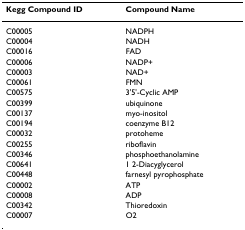
<table><thead><tr><td><b>Kegg Compound ID</b></td><td><b>Compound Name</b></td></tr></thead><tbody><tr><td>C00005</td><td>NADPH</td></tr><tr><td>C00004</td><td>NADH</td></tr><tr><td>C00016</td><td>FAD</td></tr><tr><td>C00006</td><td>NADP+</td></tr><tr><td>C00003</td><td>NAD+</td></tr><tr><td>C00061</td><td>FMN</td></tr><tr><td>C00575</td><td>3&#x27;5&#x27;-Cyclic AMP</td></tr><tr><td>C00399</td><td>ubiquinone</td></tr><tr><td>C00137</td><td>myo-inositol</td></tr><tr><td>C00194</td><td>coenzyme B12</td></tr><tr><td>C00032</td><td>protoheme</td></tr><tr><td>C00255</td><td>riboflavin</td></tr><tr><td>C00346</td><td>phosphoethanolamine</td></tr><tr><td>C00641</td><td>1 2-Diacyglycerol</td></tr><tr><td>C00448</td><td>farnesyl pyrophosphate</td></tr><tr><td>C00002</td><td>ATP</td></tr><tr><td>C00008</td><td>ADP</td></tr><tr><td>C00342</td><td>Thioredoxin</td></tr><tr><td>C00007</td><td>O2</td></tr></tbody></table>